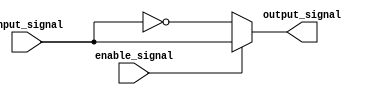
module Active_low_buffer(
    input input_signal,
    input enable_signal,
    output output_signal
);

assign output_signal = enable_signal ? input_signal : ~input_signal;

endmodule